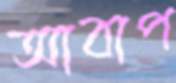
আবাপ